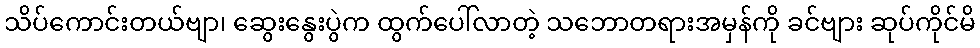
သိပ်ကောင်းတယ်ဗျာ၊ ဆွေးနွေးပွဲက ထွက်ပေါ်လာတဲ့ သဘောတရားအမှန်ကို ခင်ဗျား ဆုပ်ကိုင်မိ